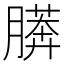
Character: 𰗎